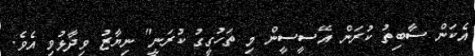
އެކަން ސާބިތު ކުރަން އޭސީސީން މި ތަހުގީގު ކުރަނީ" ނިޔާޒު ވިދާޅުވި އެވެ.